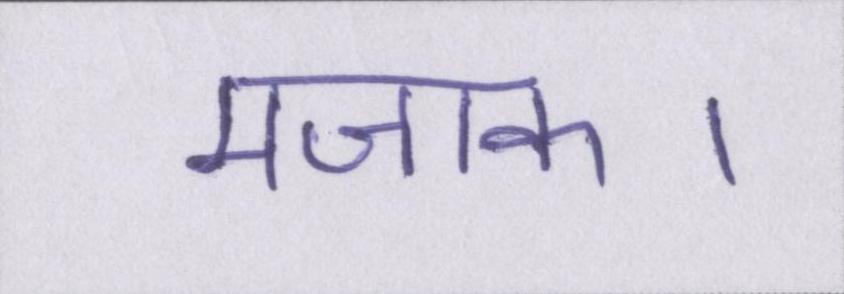
मजाक।